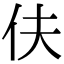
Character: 伕